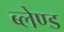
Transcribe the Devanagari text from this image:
ब्लेण्ड